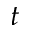
t